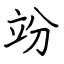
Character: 竕